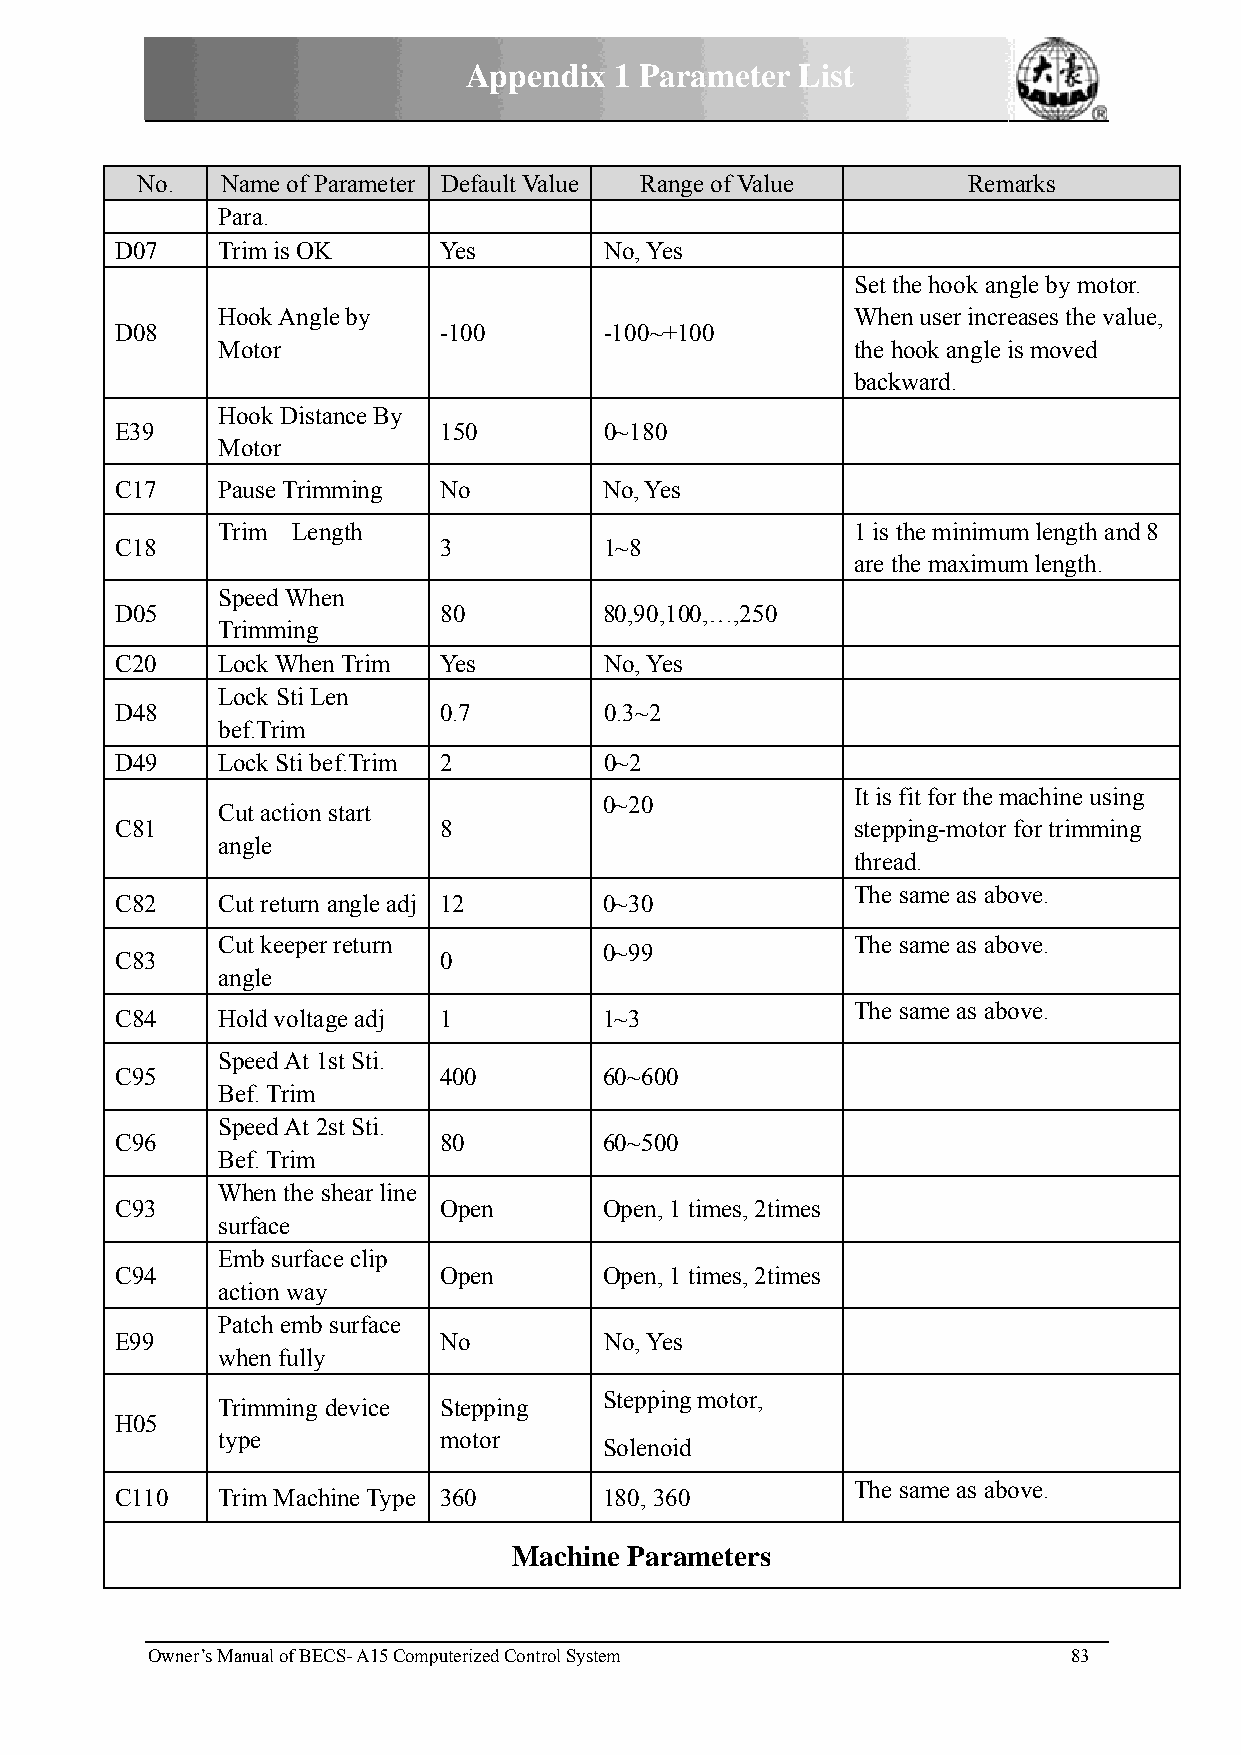
Appendix  1 Paarameterr List
 No.   NName of Paarameter DDefault Valuue Rannge of Valuee Remmarks
 PPara.
 D07   TTrim is OK    YYes       No, Yes
 Set tthe hook angle by motoor.
 HHook Anglee by                           Wheen user increeases the vaalue,
 D08                  -100       -100~++100
 MMotor                                    the hhook angle iis moved
 backkward.
 HHook Distannce By
 E39                  1150       0~180
 MMotor
 C17   PPause Trimmming NNo      No, Yes
 TTrim Lenggth                             1 is tthe minimuum length annd 8
 C18                  33         1~8
 are tthe maximuum length.
 SSpeed Whenn
 D05                  880        80,90,1100,…,250
 TTrimming
 C20   LLock When Trim YYes      No, Yes
 LLock Sti Len
 D48                  00.7       0.3~2
 bbef.Trim
 D49   LLock Sti beff.Trim 22    0~2
 It is fit for the mmachine usinng
 0~20
 CCut action sstart
 C81                  88                         steppping-motor for trimminng
 aangle
 threaad.
 The same as aboove.
 C82   CCut return aangle adj 112 0~30
 CCut keeper rreturn                       The same as aboove.
 0~99
 C83                  00
 aangle
 The same as aboove.
 C84   HHold voltagge adj 11     1~3
 SSpeed At 1sst Sti.
 C95                  4400       60~6000
 BBef. Trim
 SSpeed At 2sst Sti.
 C96                  880        60~5000
 BBef. Trim
 WWhen the shhear line
 C93                  OOpen      Open, 11 times, 2timmes
 ssurface
 EEmb surfacee clip
 C94                  OOpen      Open, 11 times, 2timmes
 aaction way
 PPatch emb ssurface
 E99                  NNo        No, Yes
 wwhen fully
 Steppinng motor,
 TTrimming ddevice SStepping
 H05
 ttype          mmotor
 Solenoid
 The same as aboove.
 C110  TTrim Machiine Type 3360  180, 3660
 Macchine Parameters
 Owner’s MManual of BECS- A15 Computerized Controll System    83